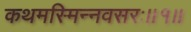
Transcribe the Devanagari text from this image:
कथमस्मिन्नवसरः॥१॥